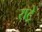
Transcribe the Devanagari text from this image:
राट्रे